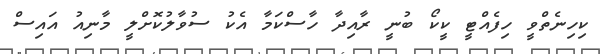
ކިހިނެތްވީ ހިފެއްޓީ ކީކޯ ބުނީ ރާއިދާ ހާސްކަމާ އެކު ސުވާލުކޮށްލީ މާނިއު އައިސް